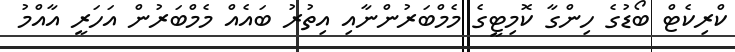
ކްރިކެޓް ބޯޑުގެ ހިންގާ ކޮމިޓީގެ މެމްބަރުންނާއި އިތުރު ބައެއް މެމްބަރުން އަހަރީ އާއްމު